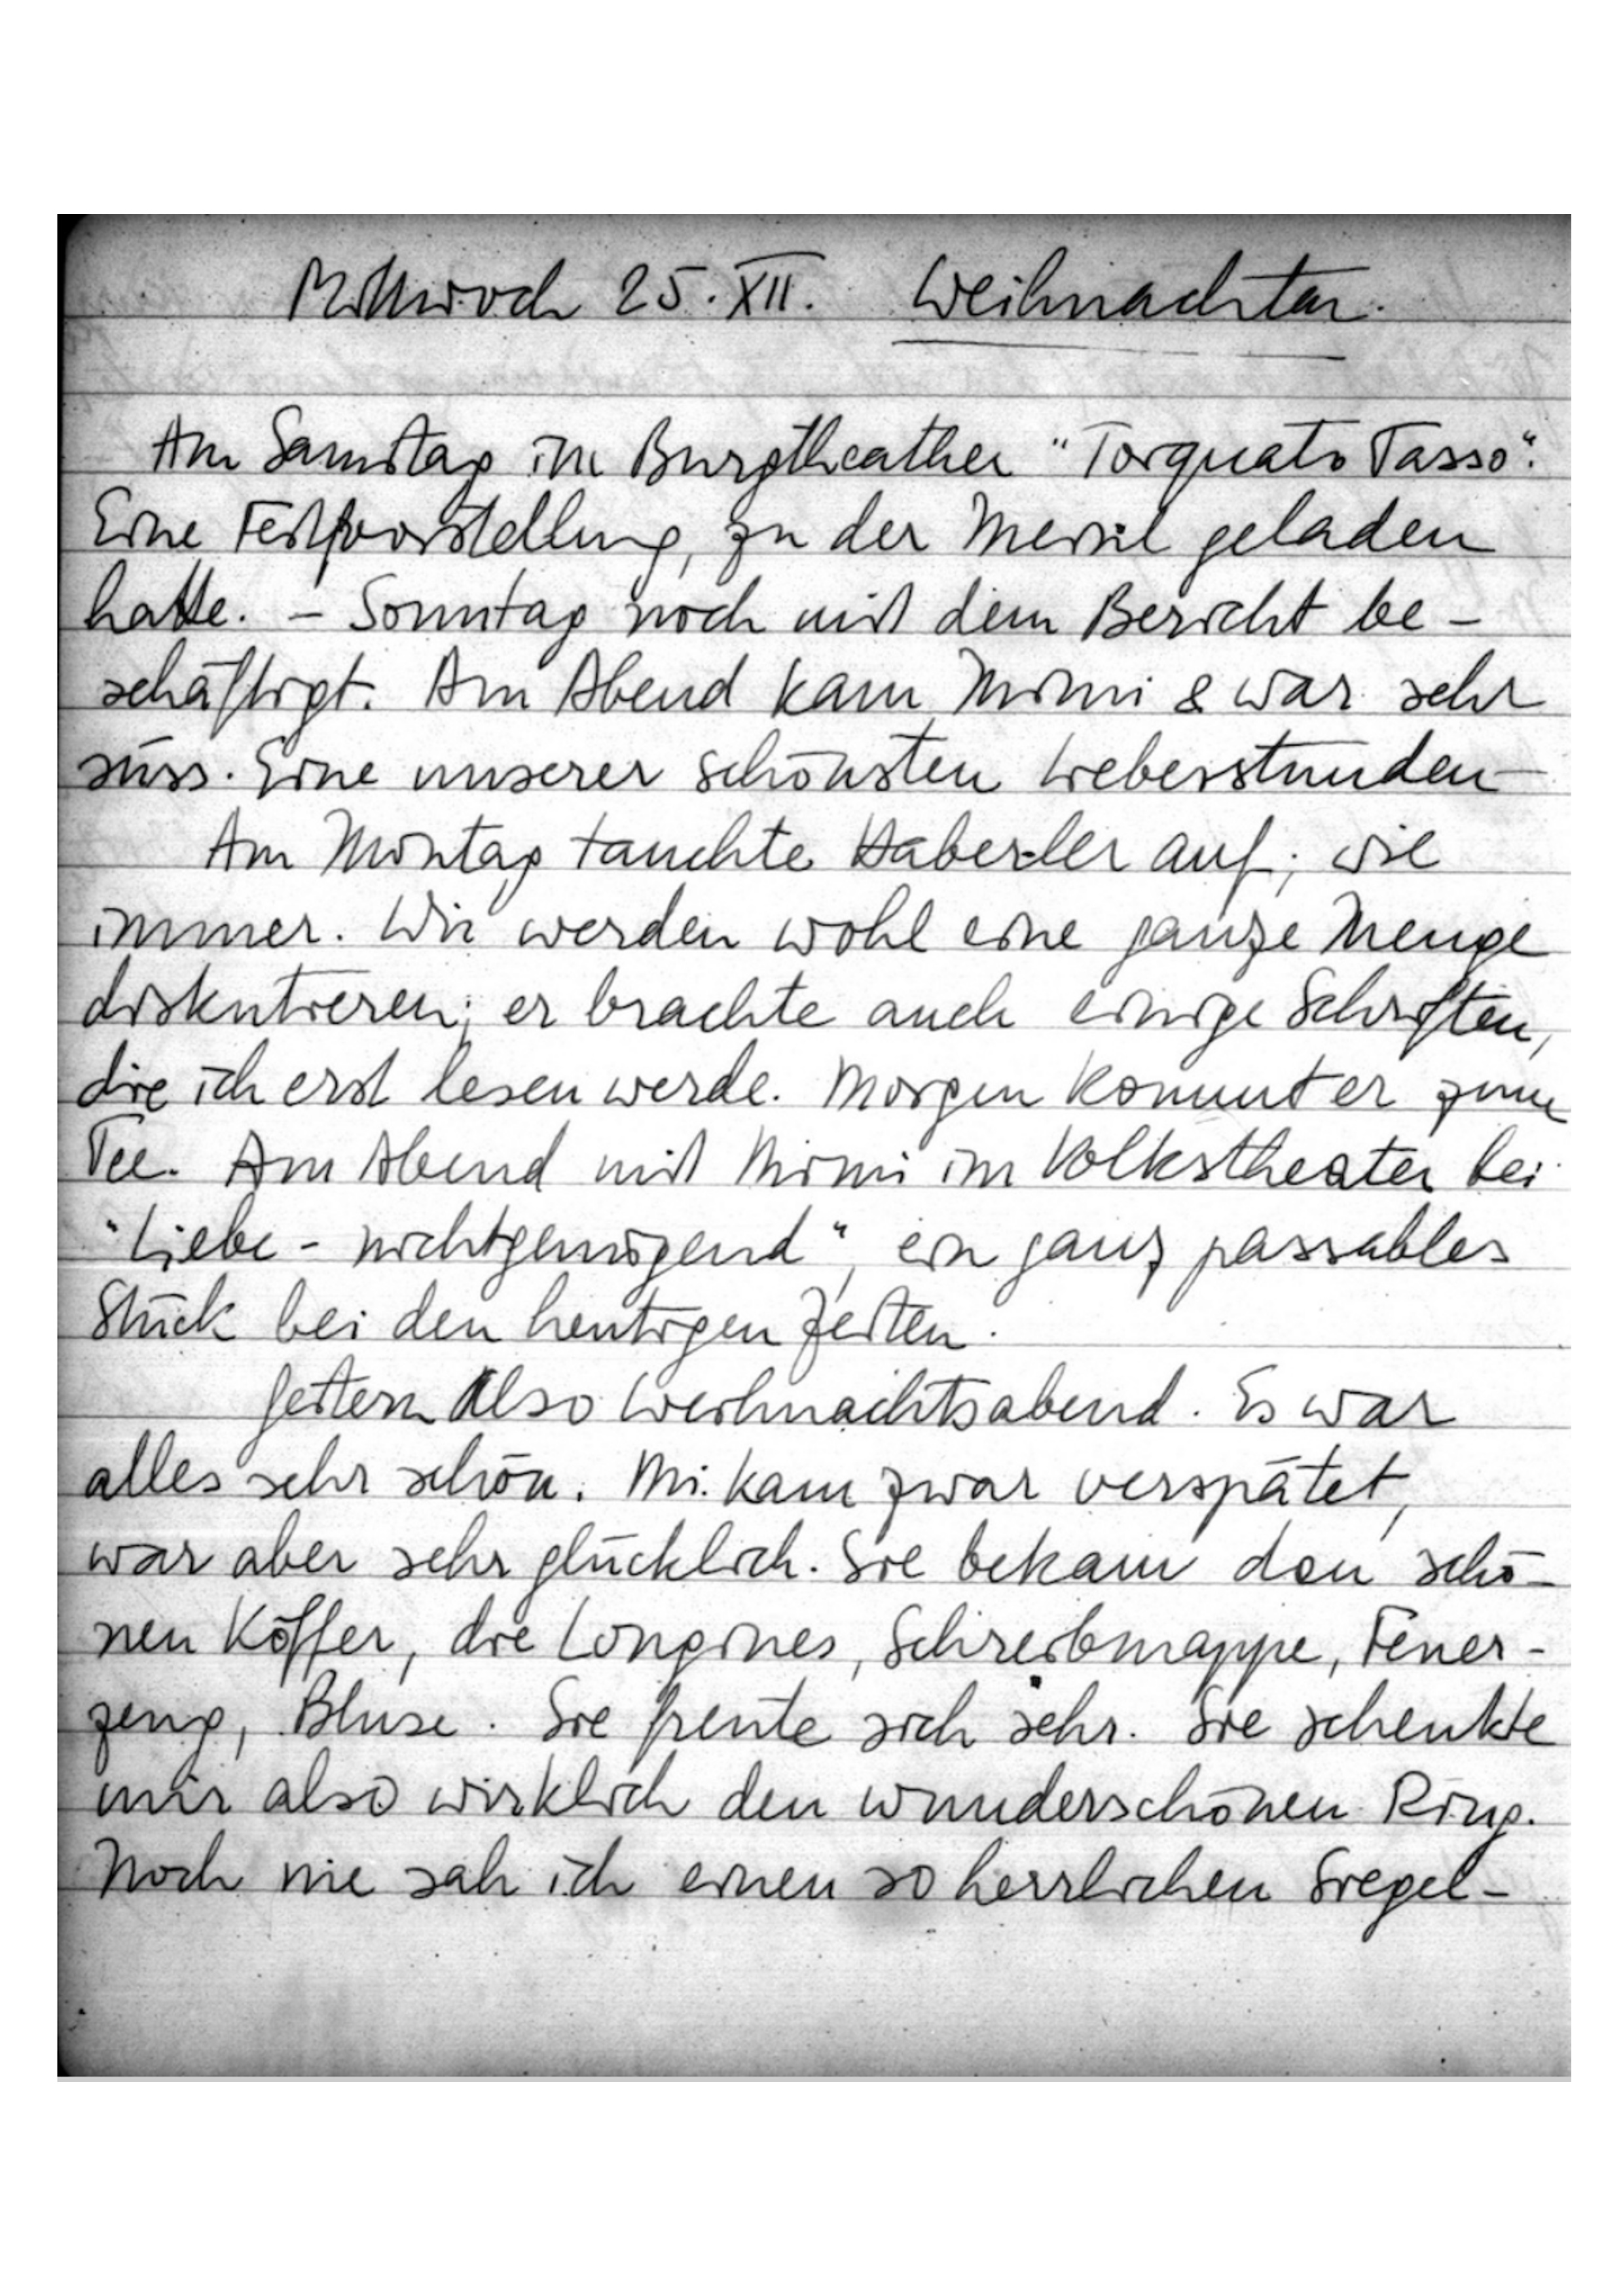
Mittwoch, 25. XII. Weihnachten.
Am Samstag im Burgtheather „Torquato Tasso“.
Eine Festvorstellung, zu der Meinl geladen
hatte – Sonntag noch mit dem Bericht be
schäftigt. Am Abend kam Mimi & war sehr
süss. Eine unserer schönsten Liebesstunden.
Am Montag tauchte Haberler auf; wie
immer. Wir werden wohl eine ganze Menge
diskutieren; er brachte auch einige Schriften,
die ich erst lesen werde. Morgen kommt er zum
Tee. Am Abend mit Mimi im Volkstheater bei
„Liebe – nichtgenügend“, ein ganz passables
Stück bei den heutigen Zeiten.
Gestern also Weihnachtsabend. Es war
alles sehr schön. Mi. kam zwar verspätet,
war aber sehr glücklich. Sie bekam den schö
nen Koffer, die Longines, Schreibmappe, Feuer
zeug, Bluse. Sie freute sich sehr. Sie schenkte
mir also wirklich den wunderschönen Ring.
Noch nie sah ich einen so herrlichen Siegel